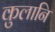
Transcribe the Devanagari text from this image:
कुलानि